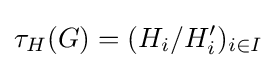
\tau _{H}(G)=(H_{i}/H_{i}')_{i\in I}